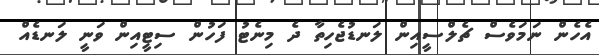
އެހެން ނަމަވެސް ޗެލްސީއިން ލަނޑުޖެހިތާ ދެ މިނެޓު ފަހުން ސިޓީއިން ވަނީ ލަނޑެއް